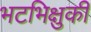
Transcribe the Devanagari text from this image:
भटभिक्षुकी